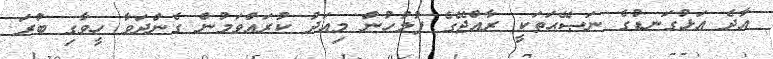
އާދެ އަޅުގަނޑުގެ ނަޞޭޙަތަކީ ރާއްޖޭގެ ފުލުހުން މިއަދު ކުރައްވަމުން ގެންދަވާ ހީވާގި ބުރަ